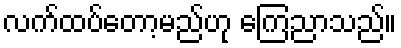
လက်ထပ်တော့မည်ဟု ကြေညာသည်။